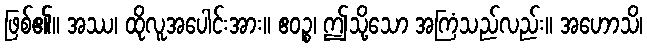
ဖြစ်၏။ အဿ၊ ထိုလူအပေါင်းအား။ ဧဝဉ္စ၊ ဤသို့သော အကြံသည်လည်း။ အဟောသိ၊